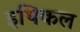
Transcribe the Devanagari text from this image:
इथिकल